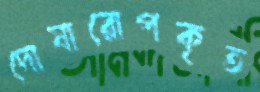
দোষারোপকৃত